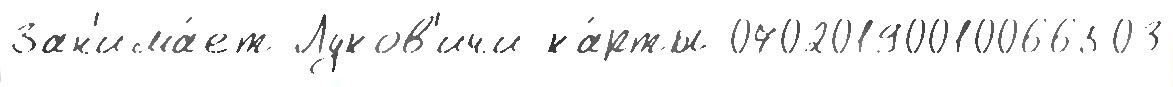
Зан'има́ет Луков'ичи ка́рты 07020190010066503